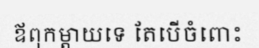
ឪពុកម្តាយទេ តែបើចំពោះ